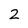
Character: 2